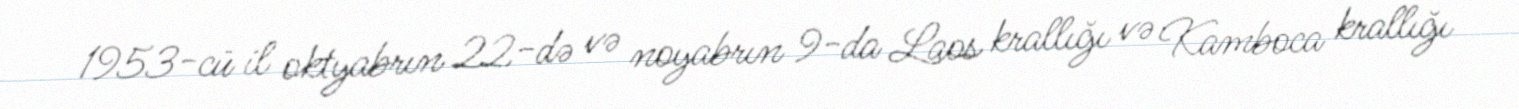
1953-cü il oktyabrın 22-də və noyabrın 9-da Laos krallığı və Kamboca krallığı